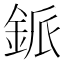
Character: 䤨